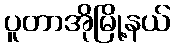
ပူတာအိုမြို့နယ်